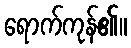
ရောက်ကုန်၏။